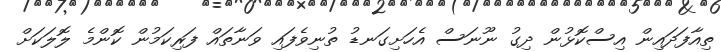
ތިއާފަދައިން އިސްކޮޅުން ދިގު ނޫނަސް އެހަށިގަނޑު ތުނިވެފައި ވަނާތައް ފަރިކަމުން ކޮންމެ ލޮލަކަށް